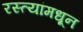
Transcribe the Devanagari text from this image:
रस्त्यांमधून